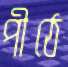
পীঠে